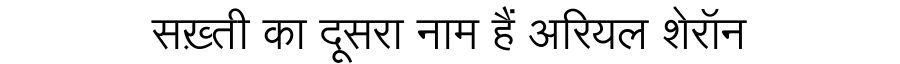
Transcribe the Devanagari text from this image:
सख़्ती का दूसरा नाम हैं अरियल शेरॉन